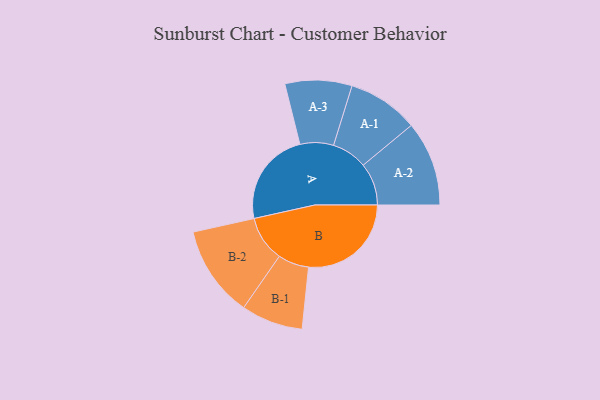
{"axis": {"x": "Segment", "y": "Value"}, "legend": ["", "A", "B"], "data": [{"x": "A", "y": 371, "type": ""}, {"x": "B", "y": 402, "type": ""}, {"x": "A-1", "y": 139, "type": "A"}, {"x": "A-2", "y": 166, "type": "A"}, {"x": "A-3", "y": 131, "type": "A"}, {"x": "B-1", "y": 121, "type": "B"}, {"x": "B-2", "y": 179, "type": "B"}]}